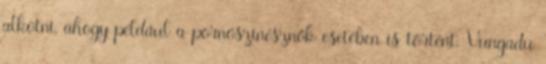
alkotni, ahogy például a pornószínésznők esetében is történt. Vungadu